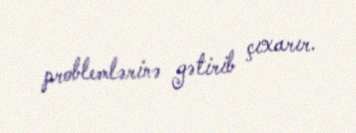
problemlərinə gətirib çıxarır.